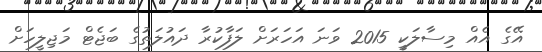
އޭގެ އެއް މިސާލަކީ 2015 ވަނަ އަހަރަށް ލަފާކުރާ ދައުލަތުގެ ބަޖެޓް މަޖިލީހަށް